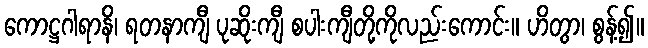
ကောဋ္ဌဂါရာနိ၊ ရတနာကျီ ပုဆိုးကျီ စပါးကျီတို့ကိုလည်းကောင်း။ ဟိတွာ၊ စွန့်၍။